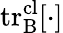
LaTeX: \mathrm{tr}_{\mathrm{B}}^{\mathrm{cl}}[\cdot]